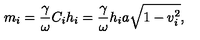
m _ { i } = \frac \gamma \omega C _ { i } h _ { i } = \frac \gamma \omega h _ { i } a \sqrt { 1 - v _ { i } ^ { 2 } } ,